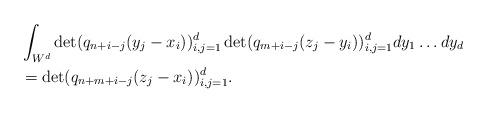
LaTeX: \begin{align*}& \int_{W^d} \det(q_{n+i -j}(y_j - x_i))_{i, j = 1}^d \det(q_{m+i-j}(z_j - y_i))_{i, j =1}^d dy_1 \ldots dy_d \\& = \det( q_{n+m+i-j}(z_j - x_i))_{i, j = 1}^d.\end{align*}